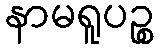
နာမရူပဉ္စ